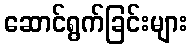
ဆောင်ရွက်ခြင်းများ